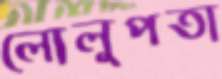
লোলুপতা